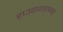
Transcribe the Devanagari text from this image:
हाउसवाइफ़स्